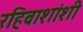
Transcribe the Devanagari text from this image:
रहिवाशांशी